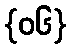
{၀၆}